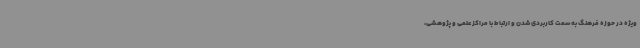
ویژه در حوزه فرهنگ به سمت کاربردی شدن و ارتباط با مراکز علمی و پژوهشی،